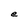
Character: e